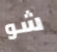
شو